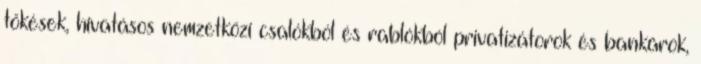
tőkések, hivatásos nemzetközi csalók­ból és rab­lók­ból privatizátorok és bankárok,